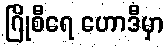
ဂြိုစီရေ ဟောဒီမှာ